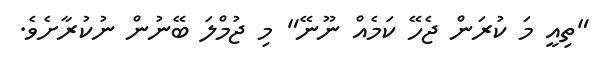
"ތިއީ މަ ކުރަން ޖެހޭ ކަމެއް ނޫނޭ" މި ޖުމްލަ ބޭނުން ނުކުރާށެވެ.